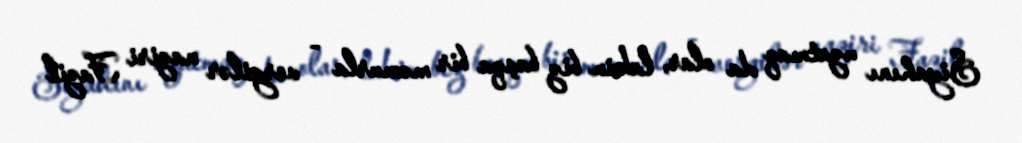
Siyahını uzatmaq da olar, lakin biz başqa bir məmurla - vergilər naziri Fazil